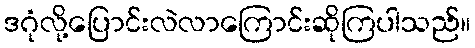
ဒဂုံလို့ပြောင်းလဲလာကြောင်းဆိုကြပါသည်။